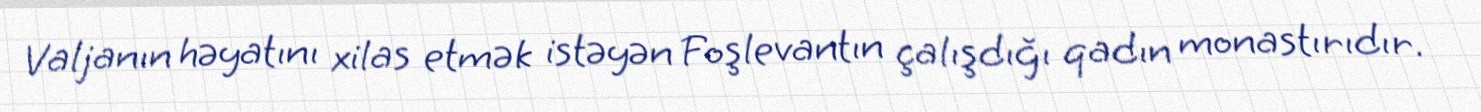
Valjanın həyatını xilas etmək istəyən Foşlevantın çalışdığı qadın monastırıdır.